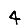
Digit: 4